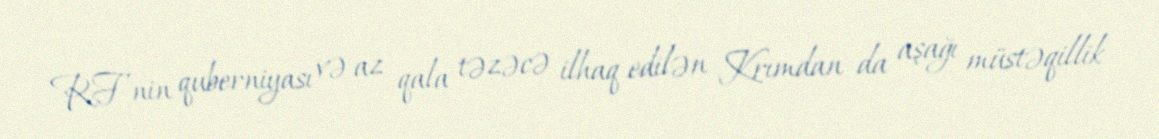
RF-nin quberniyası və az qala təzəcə ilhaq edilən Krımdan da aşağı müstəqillik